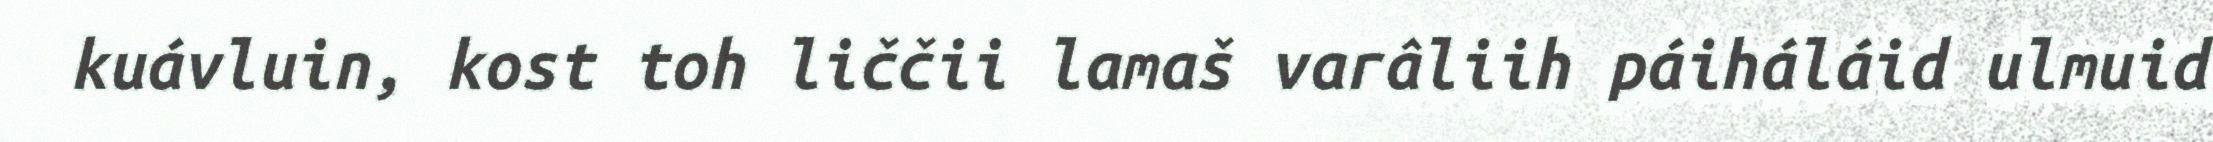
kuávluin, kost toh liččii lamaš varâliih páiháláid ulmuid